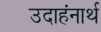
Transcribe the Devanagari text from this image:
उदाहंनार्थ